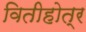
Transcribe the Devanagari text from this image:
वितीहोत्र